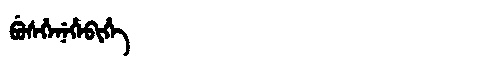
Manchu: ᠪᡠᠰᡥᡝᠨᡝᡥᡝᠪᡳᡥᡝ
Romanization: BUSHENEHEBIHE